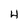
Character: 4